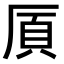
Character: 𫨌